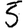
Digit: 5